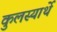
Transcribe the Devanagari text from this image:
कुलस्यार्थे